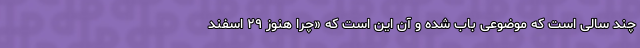
چند سالی است که موضوعی باب شده و آن این است که «چرا هنوز ۲۹ اسفند